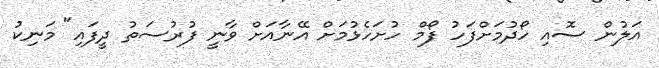
އަލުން ސޮއި ހޯދުމަށްފަހު ފޯމް ހުށަހެޅުމަށް އޭނާއަށް ވާނީ ފުރުސަތު ދީފައި" މަނިކު